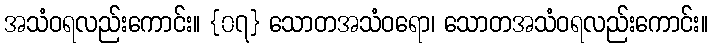
အသံဝရလည်းကောင်း။ {၀၇} သောတအသံဝရော၊ သောတအသံဝရလည်းကောင်း။